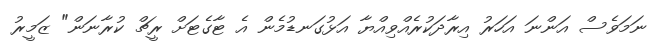
ނަމަވެސް އަންނަ އަހަރު އިރާދަކުރެއްވިއްޔާ އަޅުގަނޑުމެން އެ ޓާގެޓަށް ރީޗް ކުރާނަން" ޒަމީރު